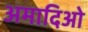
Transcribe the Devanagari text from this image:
अमादिओ